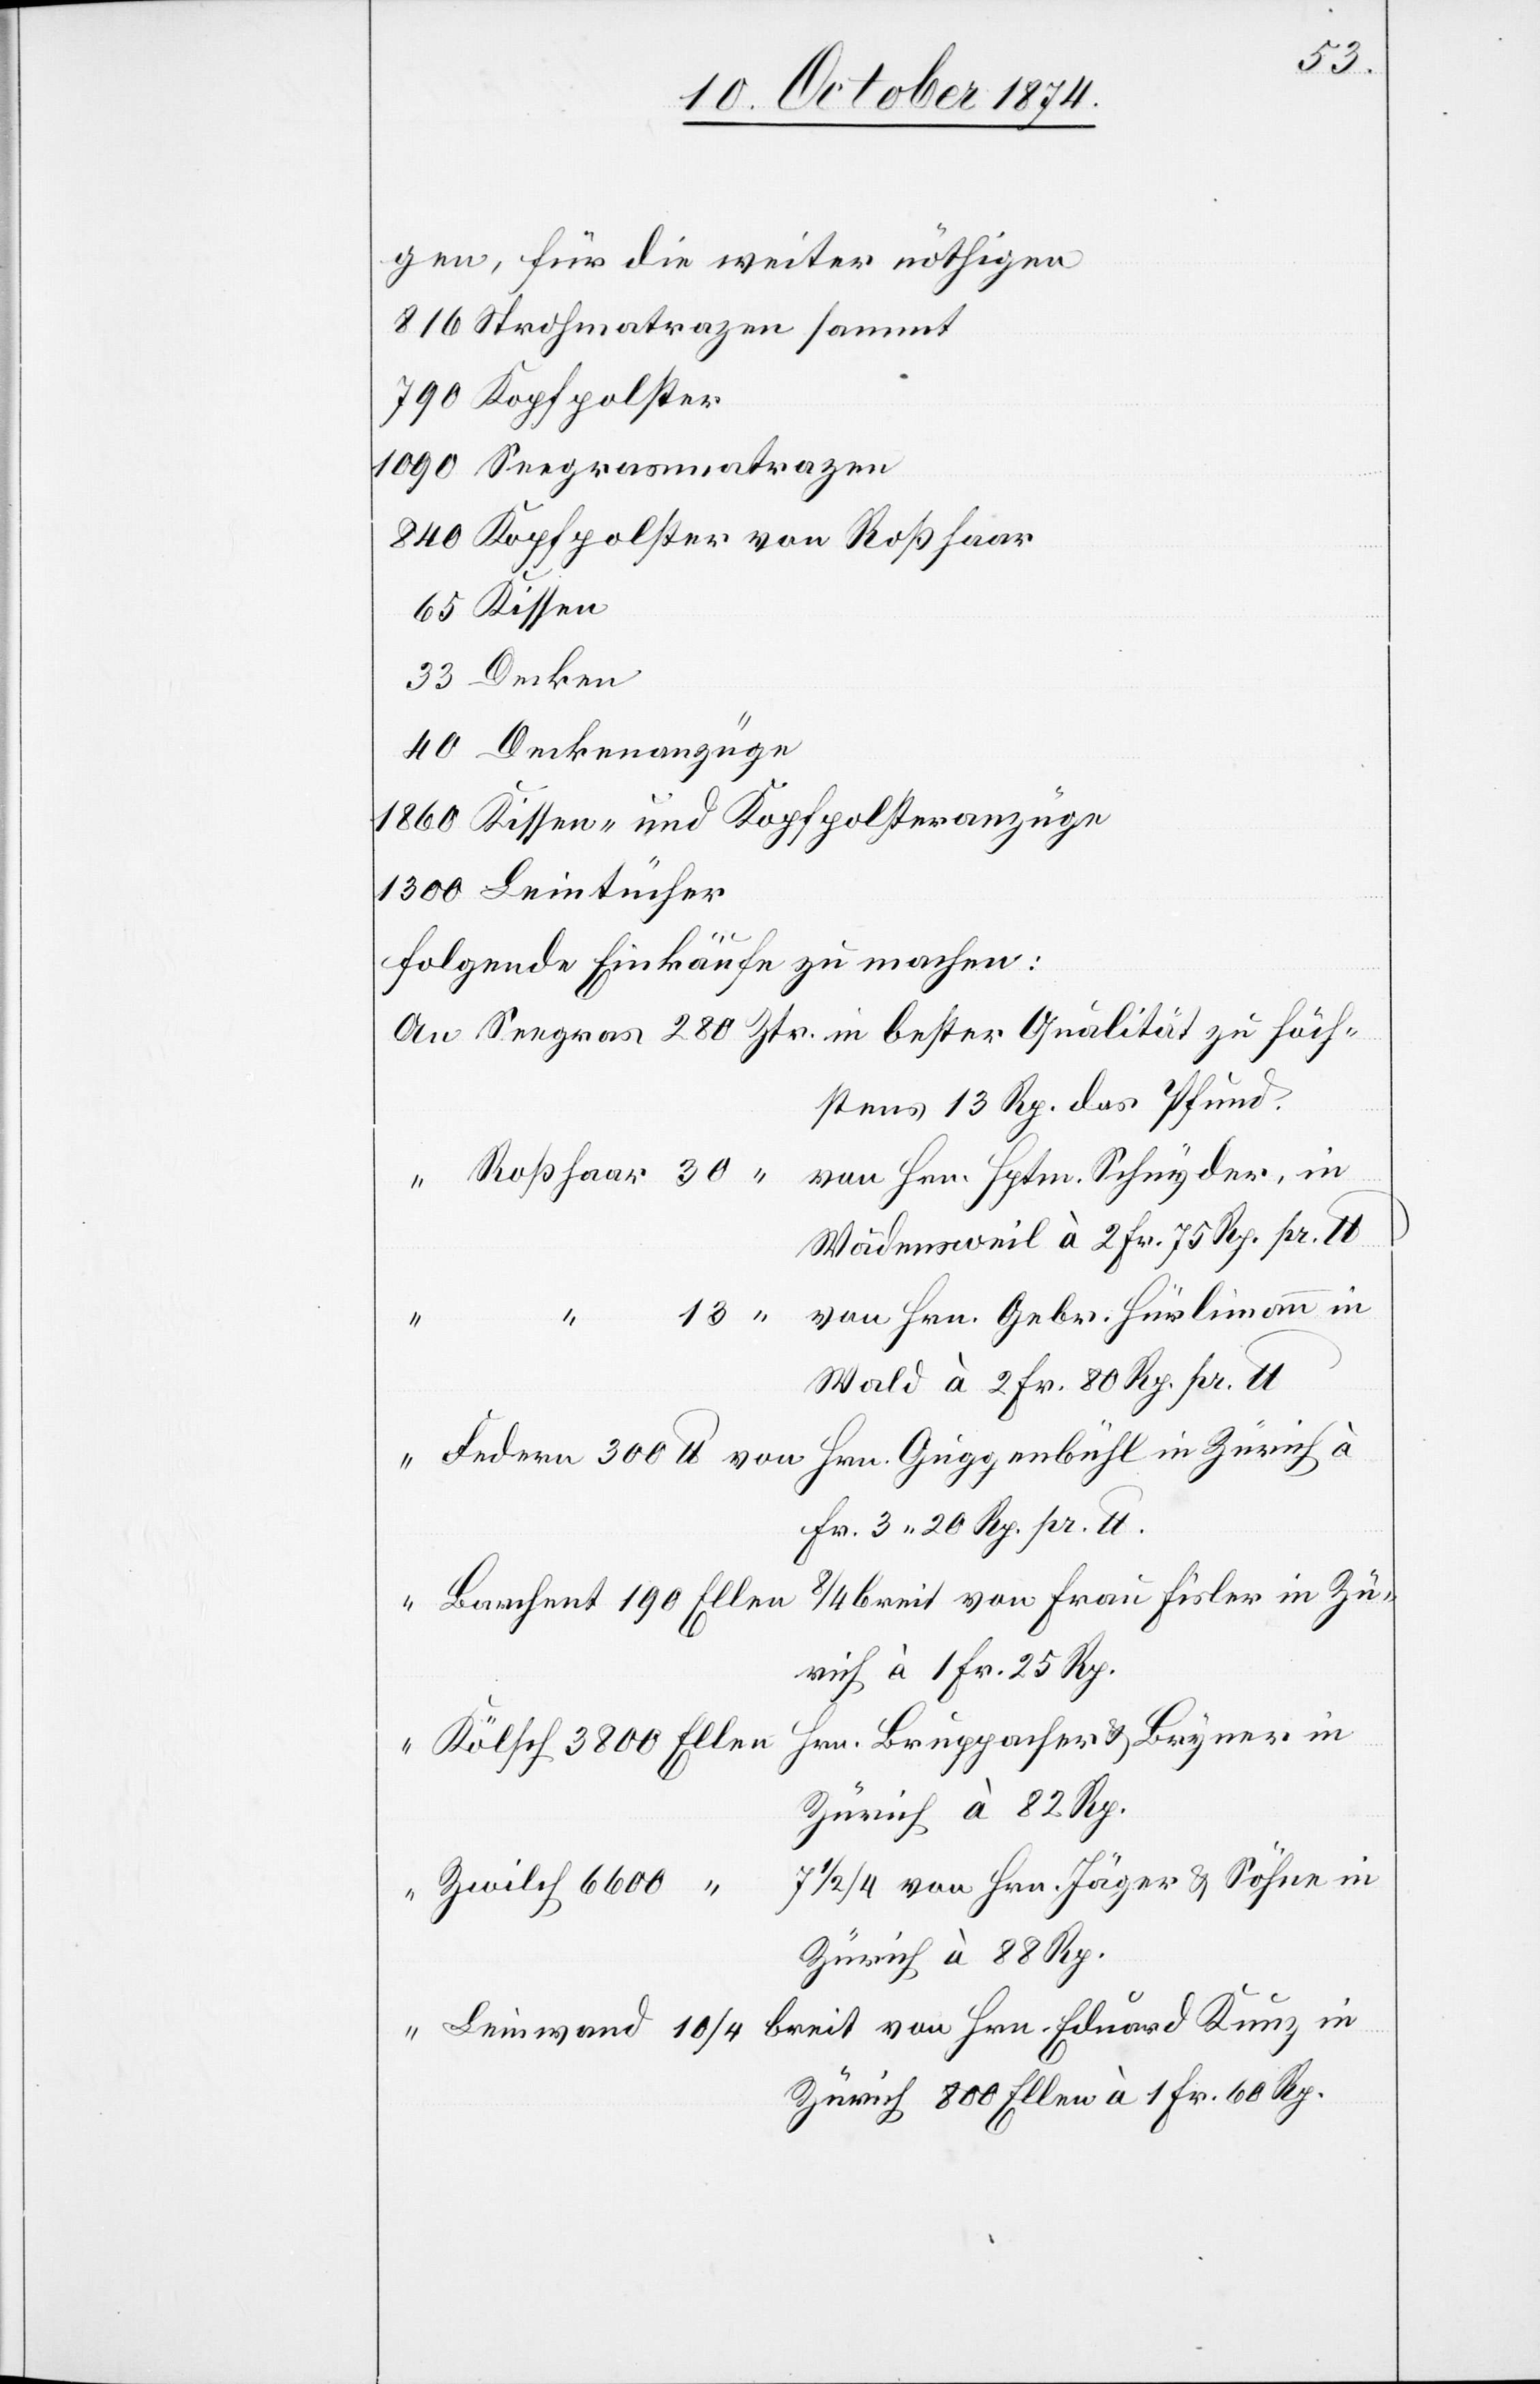
gen, für die weiter nöthigen
816 Strohmatrazen sammt
790 Kopfpolster
1090 Seegrasmatrazen
840 Kopfpolster von Roßhaar
65 Kissen
33 Decken
40 Deckenanzüge
1860 Kissen- und Kopfpolsteranzüge
1300 Leintücher
folgende Einkäufe zu machen:
stens 13 Rp. das Pfund.
Wädensweil à 2 Fr. 75 Rp. pr. lb.
von Hrn. Gebr. Hürlimann in
in
Wald à 2 Fr. 80 Rp. pr. lb.
Fr. 3.20 Rp. pr. lb.
breit von Frau Fisler in Zü¬
rich à 1 Fr. 25 Rp.
Hrn. Bruppacher & Bryner in
Zürich à 82 Rp.
Zürich 800 Ellen à 1 Fr. 60 Rp.